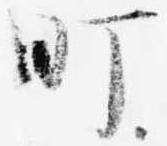
町